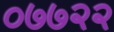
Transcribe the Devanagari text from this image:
०७७२२